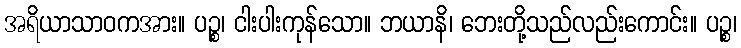
အရိယာသာဝကအား။ ပဉ္စ၊ ငါးပါးကုန်သော။ ဘယာနိ၊ ဘေးတို့သည်လည်းကောင်း။ ပဉ္စ၊